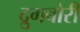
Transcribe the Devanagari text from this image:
द्रुगबोरी